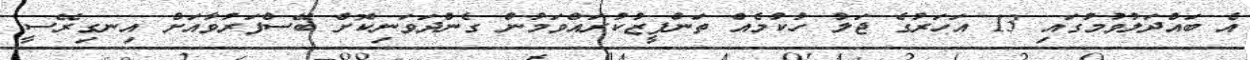
އެ ބައްދަލުވުމުގައި 13 އަހަރުގެ ޖަލު ހުކުމެއް ތަންފީޒުކުރައްވަމުން ގެންދަވަނިކޮށް ބޭސްފަރުވާއަށް އިނގިރޭސީ